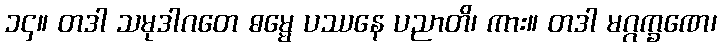
၁၄။ တဒါ သမုဒါဂတေ ဓမ္မေ ပဿနေ ပညာတိ၊ ကား။ တဒါ မဂ္ဂက္ခဏေ၊